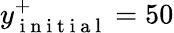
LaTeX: y_{\mathrm{~i~n~i~t~i~a~l~}}^{+}=50